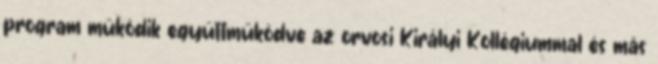
program működik együttműködve az orvosi Királyi Kollégiummal és más